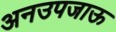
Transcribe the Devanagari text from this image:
अनउपजाऊ